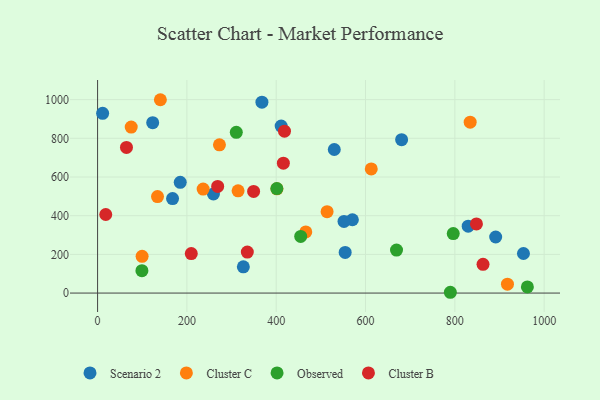
{"axis": {"x": "Experience", "y": "Rating"}, "legend": ["Cluster B", "Cluster C", "Observed", "Scenario 2"], "data": [{"x": "891.4", "y": 289.7, "type": "Scenario 2"}, {"x": "953.6", "y": 204.5, "type": "Scenario 2"}, {"x": "167.9", "y": 488.6, "type": "Scenario 2"}, {"x": "411.1", "y": 863.4, "type": "Scenario 2"}, {"x": "326.4", "y": 135.9, "type": "Scenario 2"}, {"x": "368.0", "y": 986.7, "type": "Scenario 2"}, {"x": "11.3", "y": 929.2, "type": "Scenario 2"}, {"x": "680.8", "y": 792.8, "type": "Scenario 2"}, {"x": "829.9", "y": 345.8, "type": "Scenario 2"}, {"x": "570.6", "y": 378.9, "type": "Scenario 2"}, {"x": "554.4", "y": 209.9, "type": "Scenario 2"}, {"x": "530.0", "y": 742.2, "type": "Scenario 2"}, {"x": "259.4", "y": 512.0, "type": "Scenario 2"}, {"x": "123.4", "y": 880.7, "type": "Scenario 2"}, {"x": "551.8", "y": 370.4, "type": "Scenario 2"}, {"x": "185.1", "y": 572.2, "type": "Scenario 2"}, {"x": "834.3", "y": 883.6, "type": "Cluster C"}, {"x": "236.4", "y": 537.4, "type": "Cluster C"}, {"x": "513.9", "y": 420.6, "type": "Cluster C"}, {"x": "272.9", "y": 766.1, "type": "Cluster C"}, {"x": "401.6", "y": 539.0, "type": "Cluster C"}, {"x": "134.2", "y": 499.0, "type": "Cluster C"}, {"x": "612.8", "y": 641.7, "type": "Cluster C"}, {"x": "917.8", "y": 46.0, "type": "Cluster C"}, {"x": "466.2", "y": 315.8, "type": "Cluster C"}, {"x": "99.7", "y": 189.9, "type": "Cluster C"}, {"x": "314.6", "y": 528.3, "type": "Cluster C"}, {"x": "75.3", "y": 857.9, "type": "Cluster C"}, {"x": "140.6", "y": 999.4, "type": "Cluster C"}, {"x": "454.8", "y": 292.6, "type": "Observed"}, {"x": "310.6", "y": 830.8, "type": "Observed"}, {"x": "796.4", "y": 307.7, "type": "Observed"}, {"x": "99.3", "y": 115.6, "type": "Observed"}, {"x": "401.4", "y": 540.1, "type": "Observed"}, {"x": "669.4", "y": 222.0, "type": "Observed"}, {"x": "789.9", "y": 4.1, "type": "Observed"}, {"x": "962.4", "y": 31.7, "type": "Observed"}, {"x": "209.8", "y": 203.9, "type": "Cluster B"}, {"x": "863.1", "y": 148.6, "type": "Cluster B"}, {"x": "18.3", "y": 406.0, "type": "Cluster B"}, {"x": "418.5", "y": 836.7, "type": "Cluster B"}, {"x": "416.0", "y": 671.6, "type": "Cluster B"}, {"x": "349.4", "y": 525.6, "type": "Cluster B"}, {"x": "848.4", "y": 357.2, "type": "Cluster B"}, {"x": "64.7", "y": 752.7, "type": "Cluster B"}, {"x": "335.3", "y": 212.0, "type": "Cluster B"}, {"x": "268.9", "y": 551.2, "type": "Cluster B"}]}